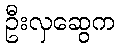
ဦးလှဆွေက